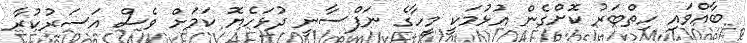
ބާއްވައި ހިތްބަރު ކޮށްގެން އުޅުމަކީ މީހާގެ ނަފްސާނީ ދުޅަހެޔޮ ކަމަށް ވެސް އަސަރުކުރާ